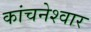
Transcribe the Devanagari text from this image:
कांचनेश्वार